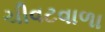
ચીવટવાળા